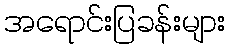
အရောင်းပြခန်းများ